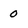
Character: 0